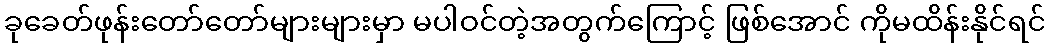
ခုခေတ်ဖုန်းတော်တော်များများမှာ မပါဝင်တဲ့အတွက်ကြောင့် ဖြစ်အောင် ကိုမထိန်းနိုင်ရင်